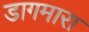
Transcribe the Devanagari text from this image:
डागमारा